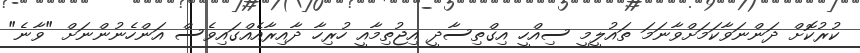
ކުރުކޮށް ދަންނަވާކަމަށްވާނަމަ ތައުލީމީ ސިއްހީ އިގްތިސާދީ އިޖުތިމާއީ ހުރިހާ ދާއިރާއެއްގައިވެސް އަންހެނުންނަށް "ވާނެ"